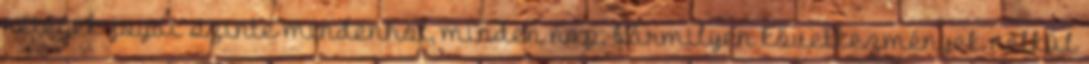
rétegek jogai szinte mindenhol, minden nap, bármilyen következmények nélkül